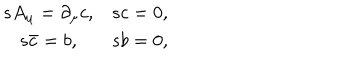
\begin{matrix} { { s A _ { \mu } = \partial _ { \mu } c , } } & { { s c = 0 , } } \\ { { s \bar { c } = b , } } & { { s b = 0 , } } \\ \end{matrix}